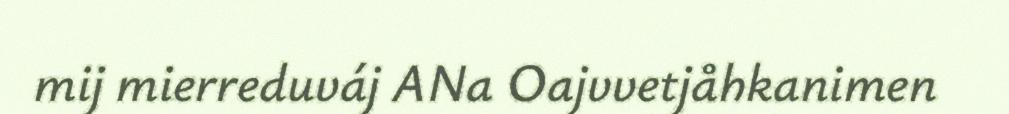
mij mierreduváj ANa Oajvvetjåhkanimen